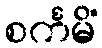
စင်္ကမိံ